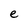
Character: e